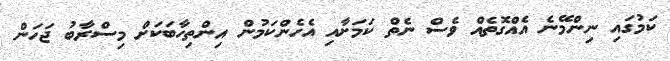
ކަމުގައި ނިންމޭނެ އެއްގޮތެއް ވެސް ނެތް ކަމަށާއި އެހެންކަމުން އިންތިހާބަކަށް މިސްރާބު ޖަހަން